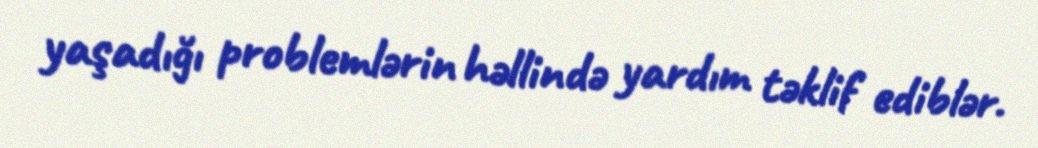
yaşadığı problemlərin həllində yardım təklif ediblər.